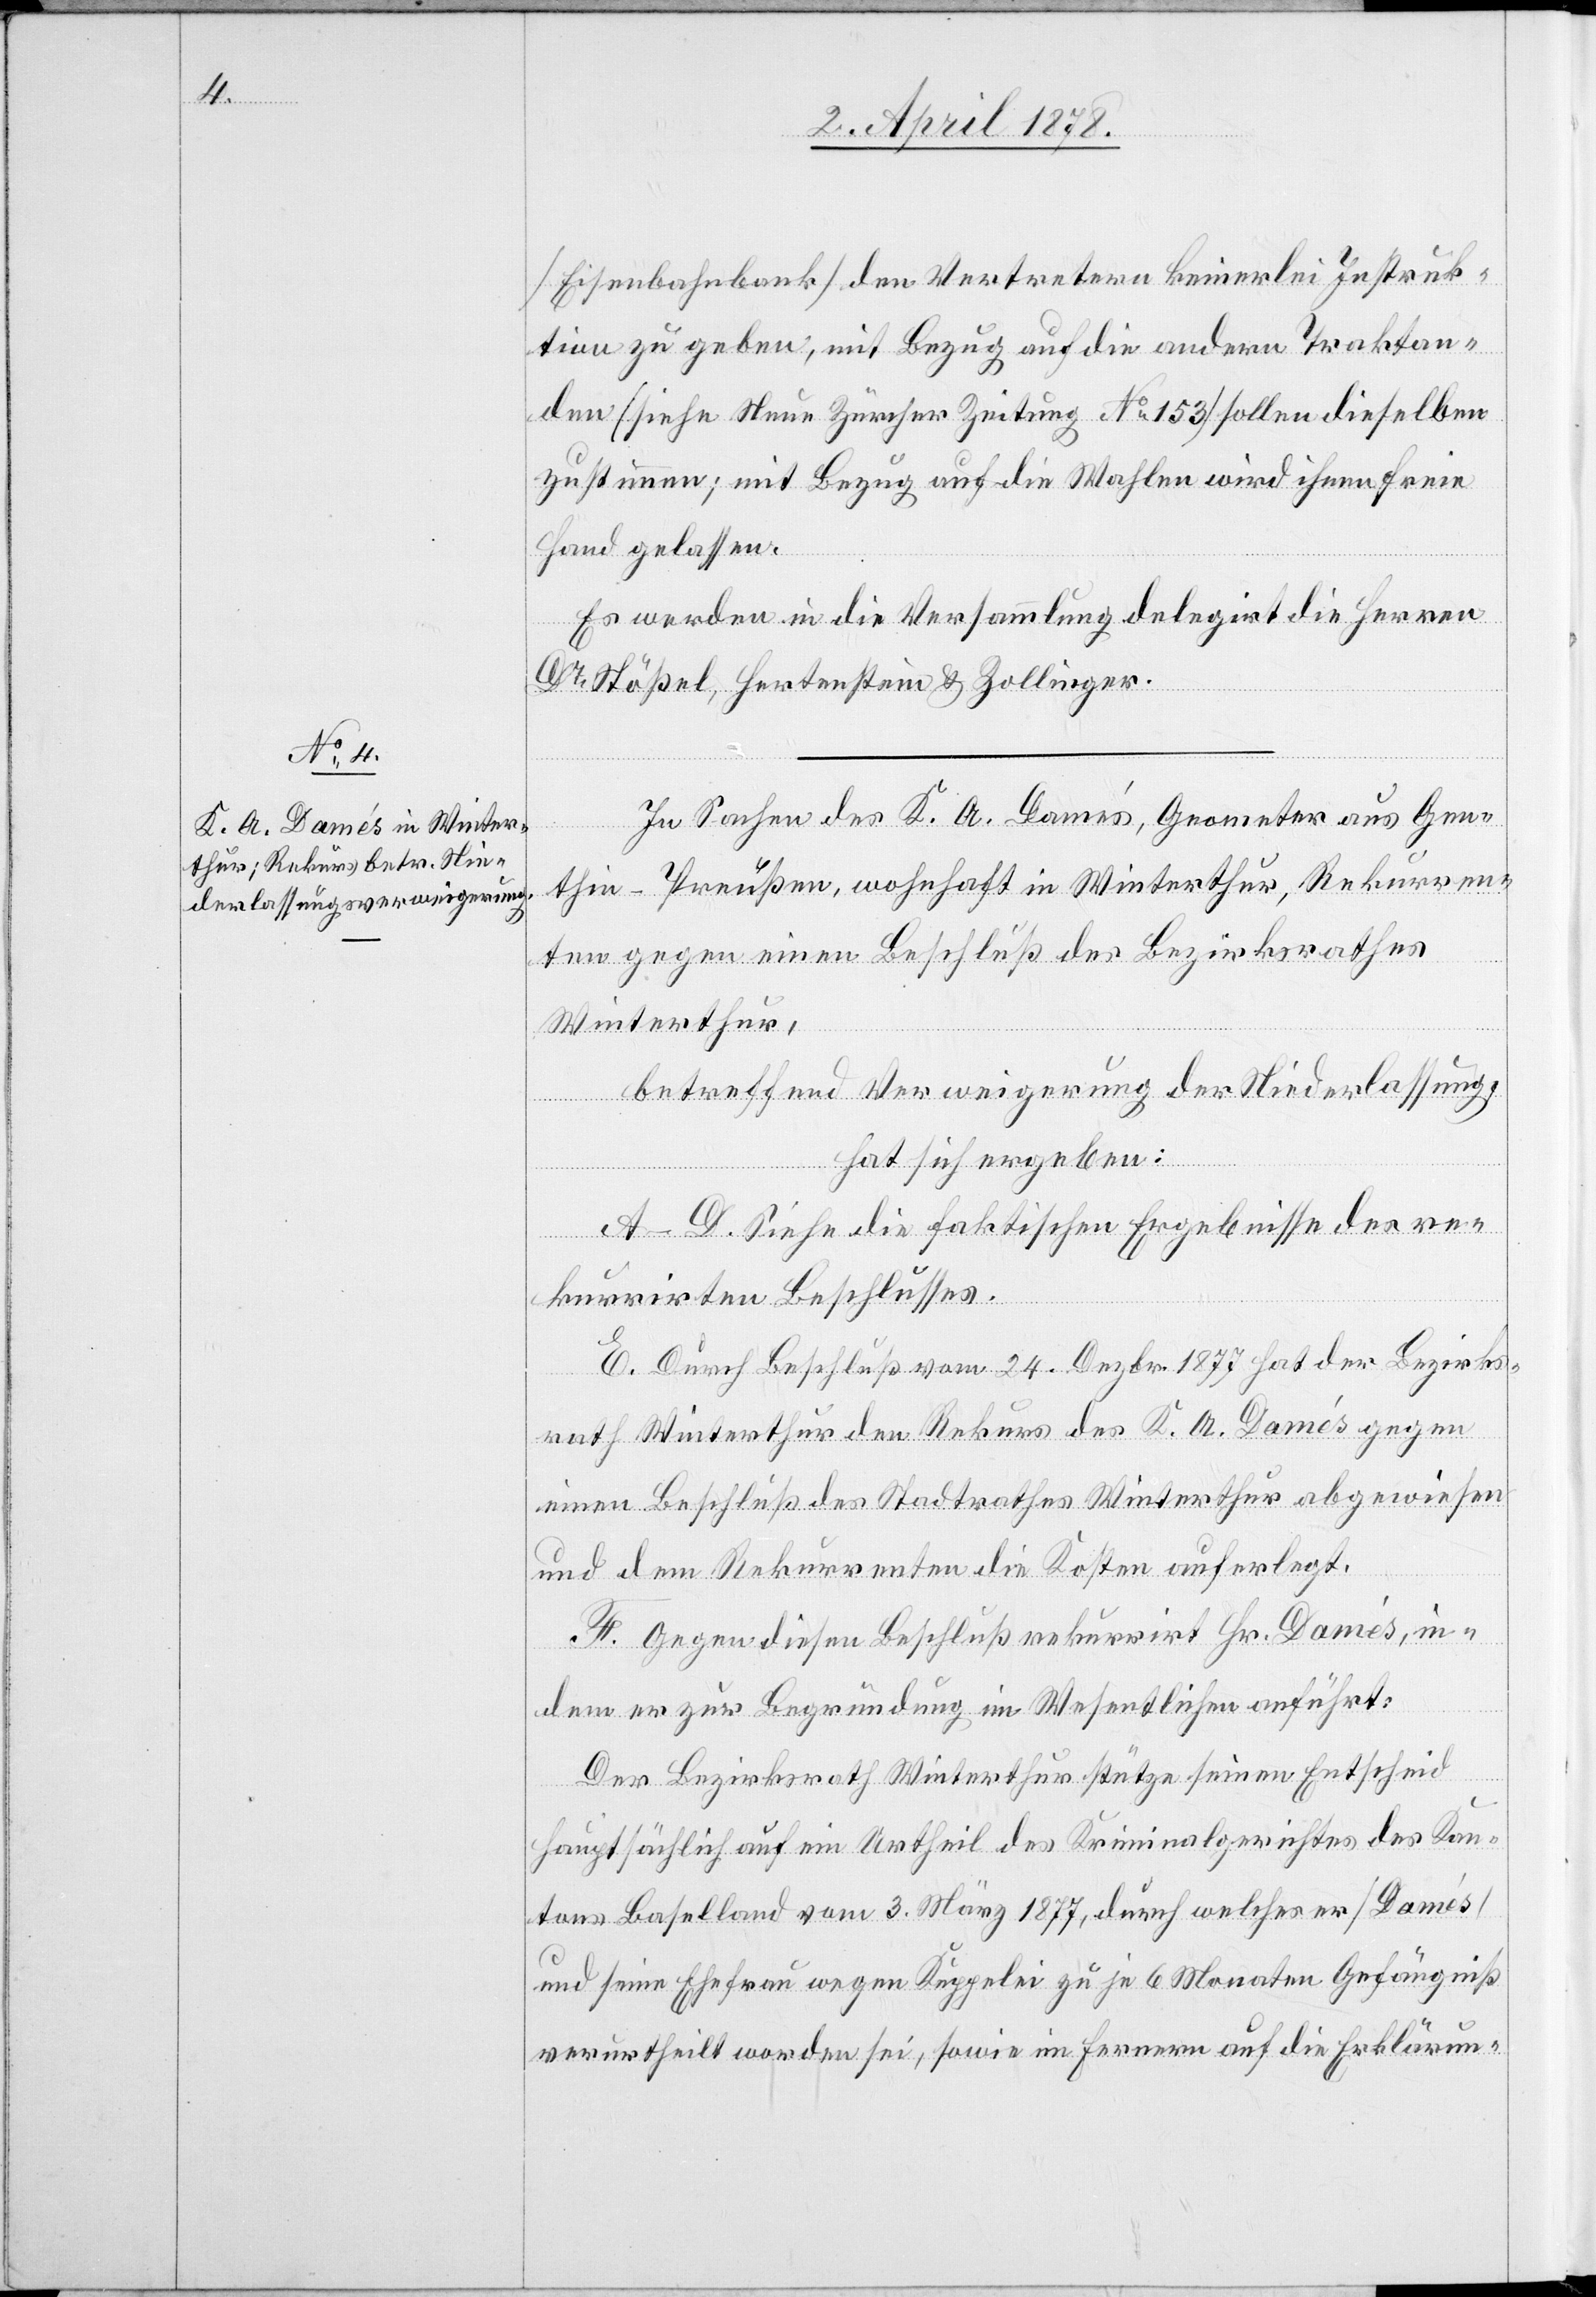
(Eisenbahnbank) den Vertretern keinerlei Instruk¬
tion zu geben, mit Bezug auf die andern Traktan¬
den (siehe Neue Zürcher Zeitung No 153) sollen dieselben
zustimmen; mit Bezug auf die Wahlen wird ihnen freie
Hand gelassen.
Es werden in die Versammlung delegirt die Herren
Dr Stößel, Hertenstein & Zollinger.
In Sachen des K. A. Damés, Geometer aus Gen¬
thin - Preußen, wohnhaft in Winterthur, Rekurren¬
ten gegen einen Beschluß des Bezirksrathes
Winterthur,
betreffend Verweigerung der Niederlassung,
hat sich ergeben:
A–D. siehe die faktischen Ergebnisse des re¬
kurrirten Beschlusses.
E. Durch Beschluß vom 24. Dezbr. 1877 hat der Bezirks¬
rath Winterthur den Rekurs des K. A. Damés gegen
einen Beschluß des Stadtrathes Winterthur abgewiesen
und dem Rekurrenten die Kosten auferlegt.
F. Gegen diesen Beschluß rekurrirt Hr. Damés, in¬
dem er zur Begründung im Wesentlichen anführt:
Der Bezirksrath Winterthur stütze seinen Entscheid
hauptsächlich auf ein Urtheil des Kriminalgerichtes des Kan¬
tons Baselland vom 3. März 1877, durch welches er (Damés)
und seine Ehefrau wegen Kuppelei zu je 6 Monaten Gefängniß
verurtheilt worden sei, sowie im Fernern auf die Erklärun-